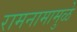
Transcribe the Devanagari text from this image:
रामनामामुळे